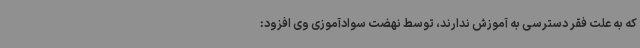
که به علت فقر دسترسی به آموزش ندارند، توسط نهضت سوادآموزی وی افزود: